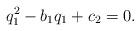
LaTeX: \begin{align*} q_1^2-b_1q_1+c_2=0. \end{align*}